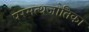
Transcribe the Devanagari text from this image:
परमत्थजोतिका